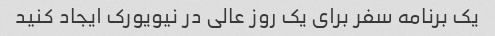
یک برنامه سفر برای یک روز عالی در نیویورک ایجاد کنید